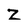
Character: Z